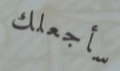
سأجعلك